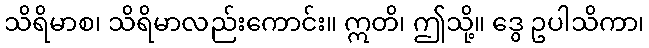
သိရိမာစ၊ သိရိမာလည်းကောင်း။ ဣတိ၊ ဤသို့။ ဒွေ ဥပါသိကာ၊